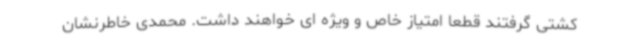
کشتی گرفتند قطعا امتیاز خاص و ویژه ای خواهند داشت. محمدی خاطرنشان